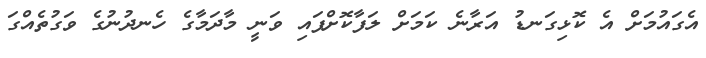
އެގައުމަށް އެ ކޮޅިގަނޑު އަރާނެ ކަމަށް ލަފާކޮށްފައި ވަނީ މާދަމާގެ ހެނދުނުގެ ވަގުތެއްގަ